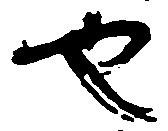
也